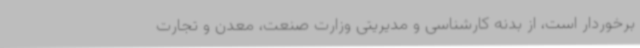
برخوردار است، از بدنه کارشناسی و مدیریتی وزارت صنعت، معدن و تجارت